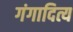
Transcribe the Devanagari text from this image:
गंगादित्य